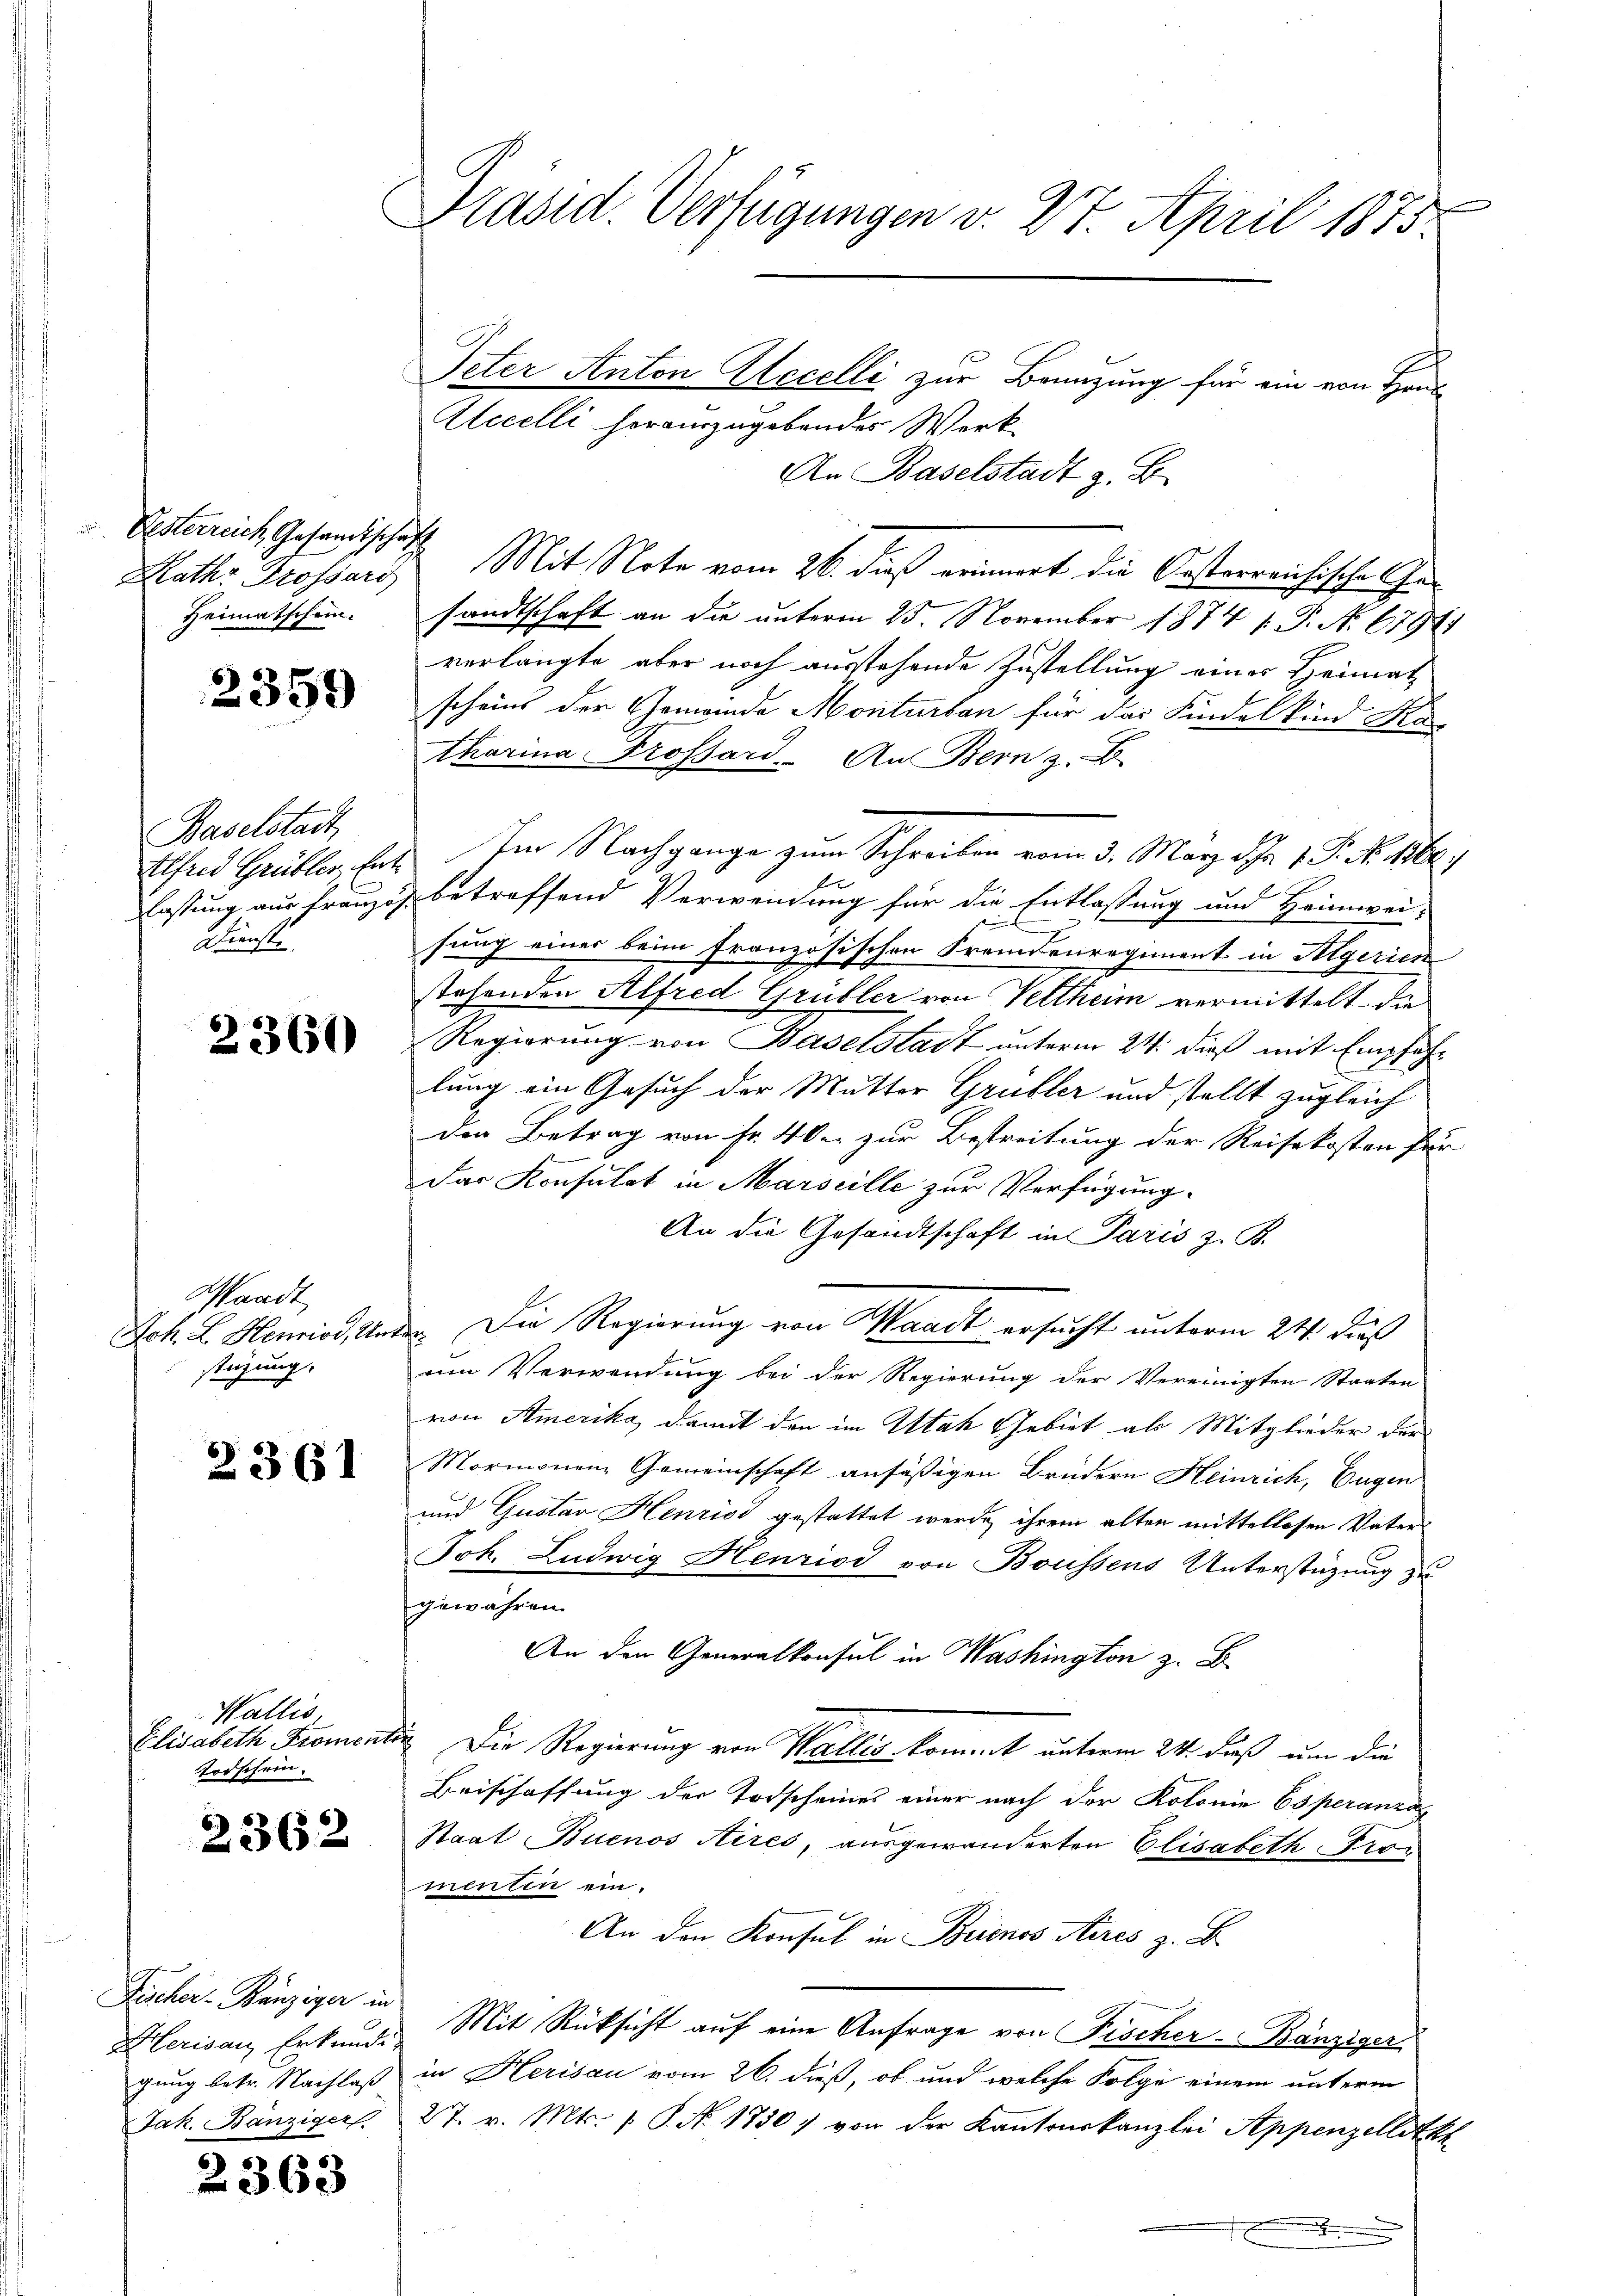
Oesterreich Gesandtschaft
Heimatschen.

2359

Baselstadt
lassung aus franzo
Dienst

2360

Mandt
Joh. L. Heurios, Unstüzung.

2361

Wallis
Elisabeth Proment
Todschein.

2362

Fischer-Bänziger in
gung betr. Nachlaß
Jak. Bänziger

2363

Präsid. Verfügungen v. 27. April 1875.

Peter Anton Accelli zur Benzung für ein von Heus
Alicelli herauszugebendes Werk
An Baselstadt z. B.
Raths Grossard Mit Note vom 26. dieß erinnert die Oesterreichische Gesandtschaft an die unterm 25. November 1874 f. P. Nr. 67941
verlangte aber noch ausstehende Zustellung eines Heimat
scheins der Gemeinde Monturben für das Kindelkind Ka-
tharina Trossard. An Bern z. B.
Athend Grübler, Ent. Im Nachgange zum Schreiben vom 3. März d. 1. P. Nr. 1562.
betreffend Verwendung für die Entlassung und Heimwei-
sung einer beim französischen Fremdenregiment in Algerien
stehenden Alfred Grübler von Veltheim vermittelt die
Regierung von Baselstadt unterm 24. dieß mit Empfehlung ein Gesuch der Mutter Grübler und stellt zugleich
den Betrag von Fr. 40. zur Bestreitung der Reisekosten für
Das Konsulat in Marseille zur Verfügung
An die Gesandtschaft in Paris z. B.
 Die Regierung von Waadt ersucht unterm 24. dieß
um Verwendung bei der Regierung der Vereinigten Staaten
von Amerika, damit den im Attah Gebiet als Mitglieder der
Mormonen Gemeinschaft ansäßigen Brüdern Heinrich, Eugen
und Gustav Henrios gestattet werde, ihrem alten mittellosen Vaters
Joh. Ludwig Henriod von Boussens Unterstüzung zu
gewähren.
An den Generalkonsul in Washington z. B.
da. Die Regierung von Wallis kommt unterm 24. daß um die
Beischaffung der Todscheines einer nach der Kolonie Esperanza
Staat Buenos Aires, ausgewänderten Elisabeth Promenten ein.
An den Konsul in Brinos Aires z. B.
Herisau, Erkunde Mit Rücksicht auf eine Anfrage von Fischer-Bänziger
in Herisau vom 26. dieß, ob und welche Folge einem unterm
27. v. Mts. 1. P. Nr. 1750) von der Kantonskanzlei Appenzellitk
.